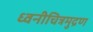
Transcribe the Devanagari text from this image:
ध्वनीचित्रमुद्रण